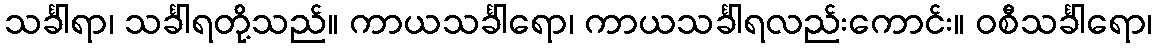
သင်္ခါရာ၊ သင်္ခါရတို့သည်။ ကာယသင်္ခါရော၊ ကာယသင်္ခါရလည်းကောင်း။ ဝစီသင်္ခါရော၊